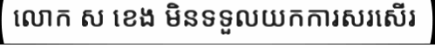
លោក ស ខេង មិនទទួលយកការសរសើរ